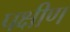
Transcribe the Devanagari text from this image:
पक्षीण